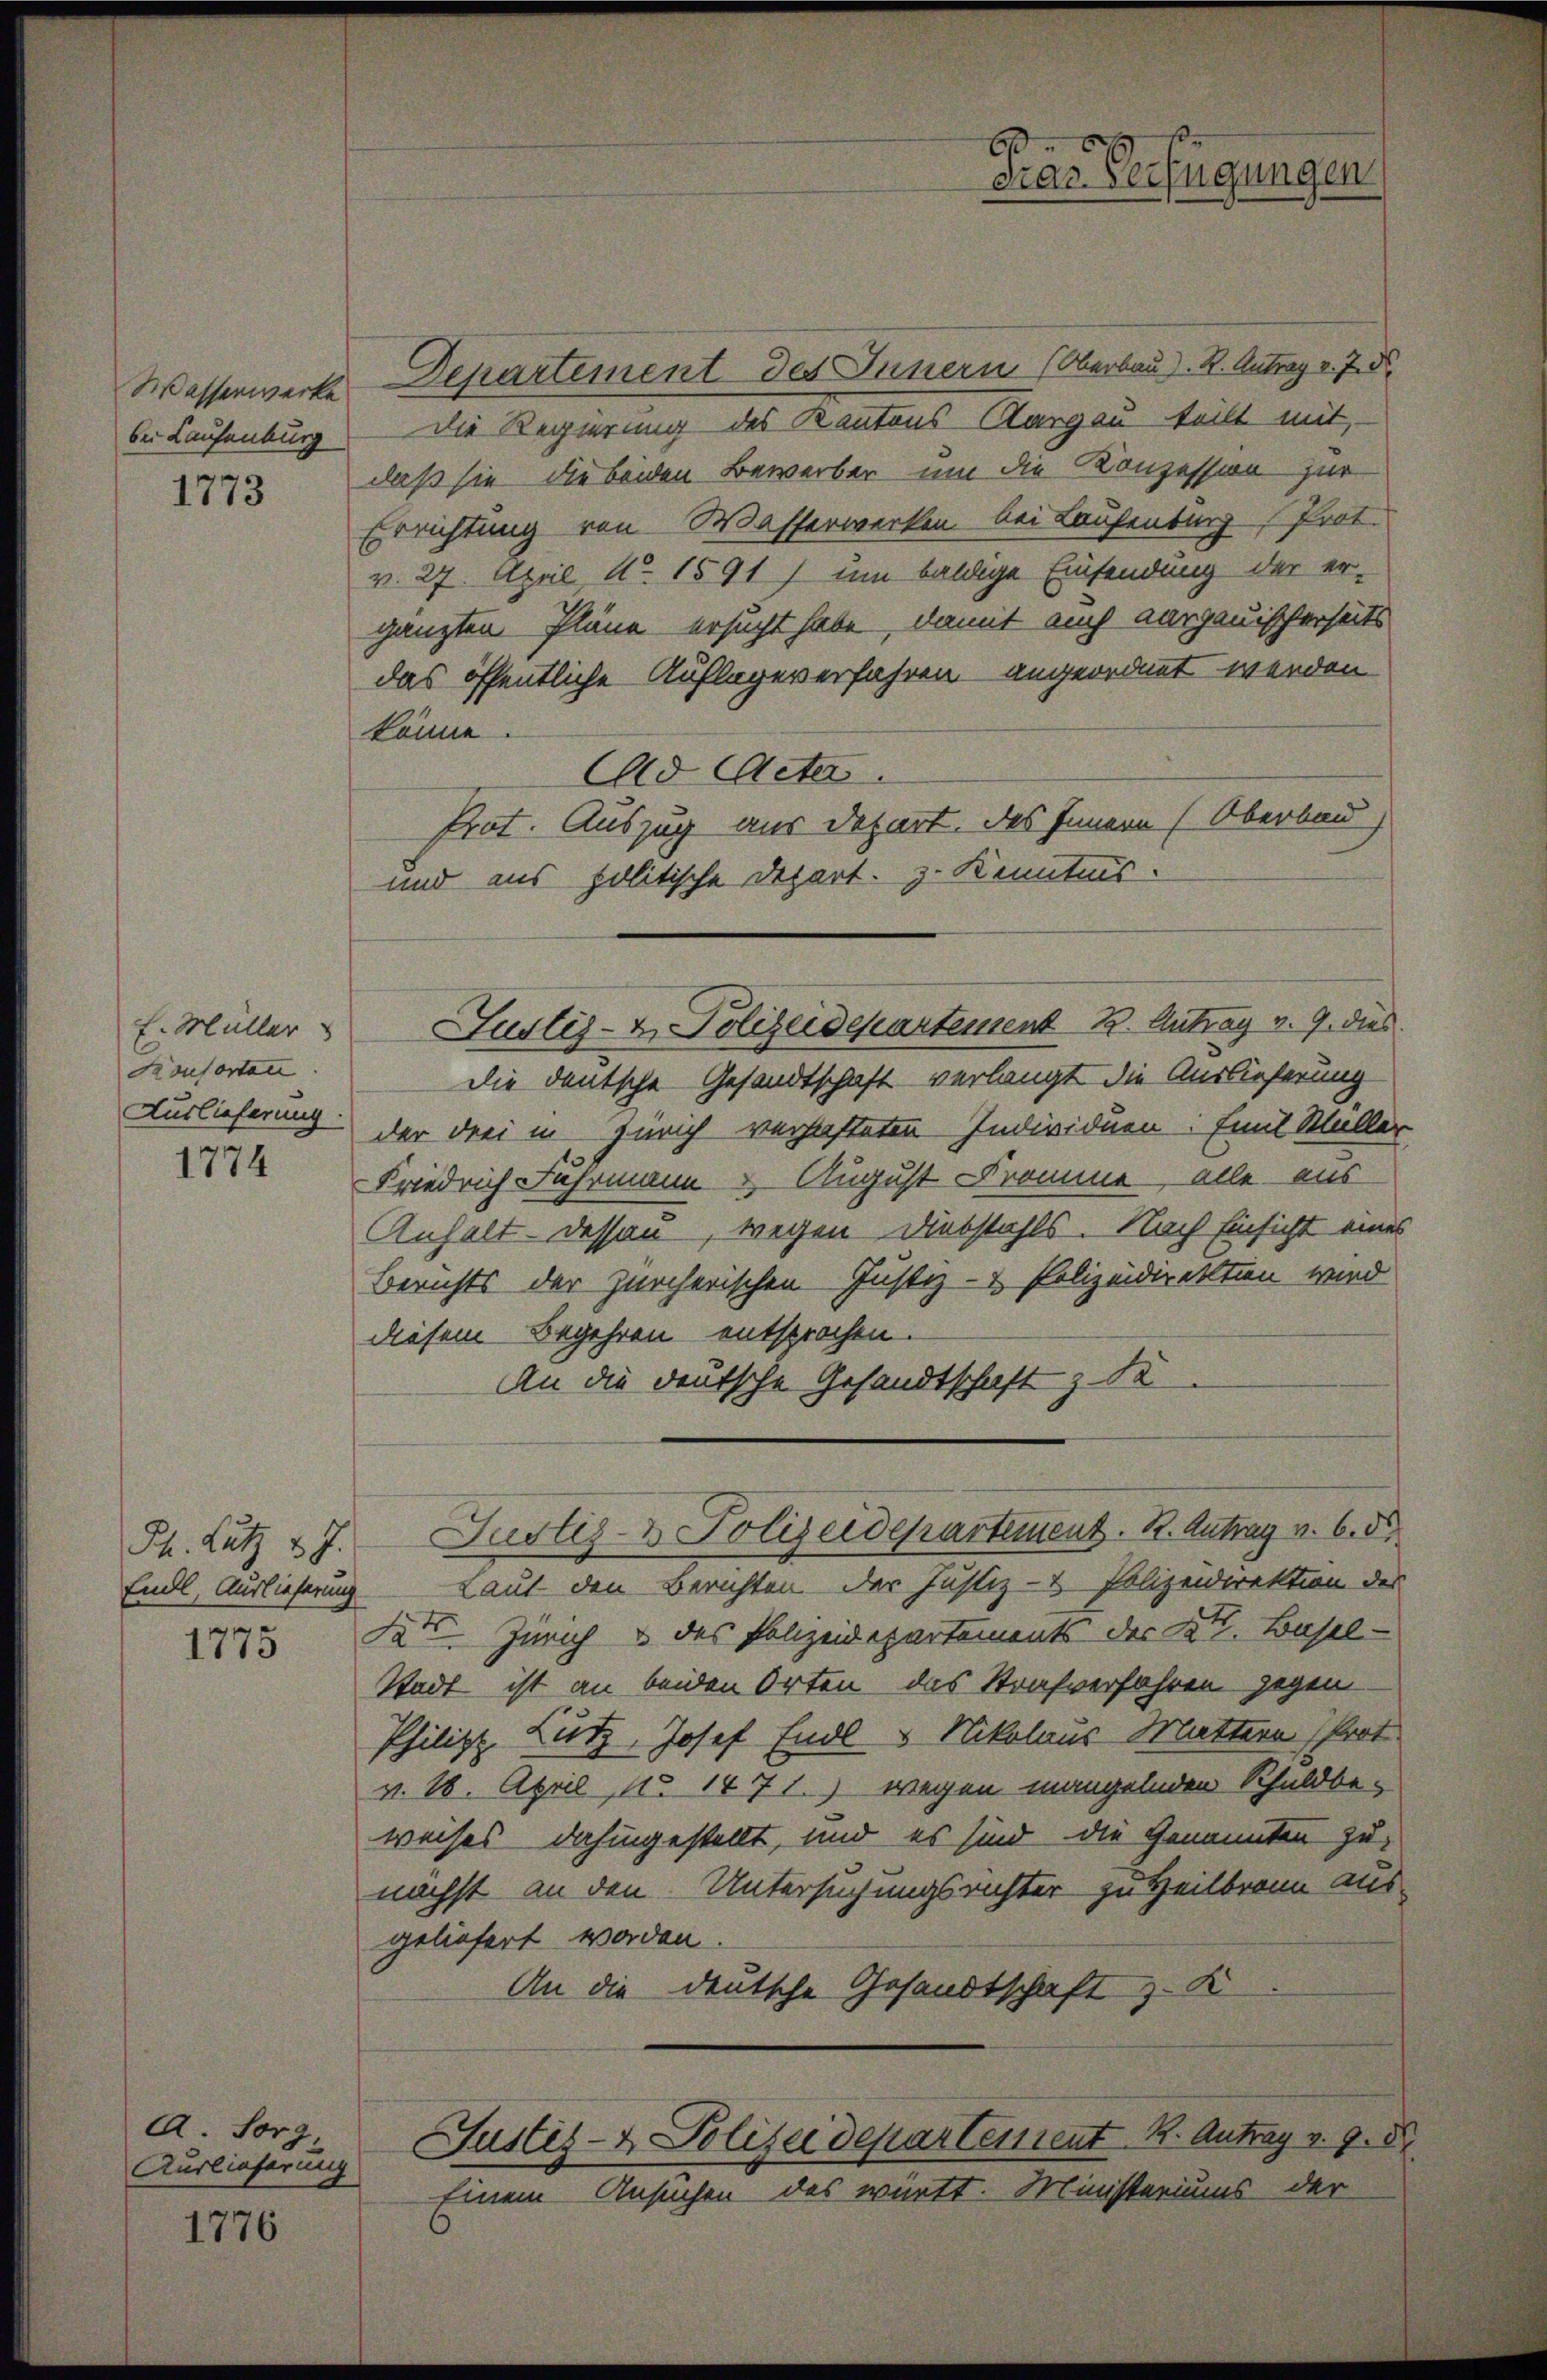
bei Laufenburg
1773

Konsortan.
1774

1775

A Sorg
Auslieferung

1776

Wasserwerke Departement des Innern (Oberbau). K. Antrag v. 7. d.
Die Regierung des Kantons Aargau teilt mit,
daß sie die beiden Bewerber um die Konzession zur
Errichtung von Wasserwerken bei Laufenburg (Prot.
v. 27. April, Ao. 1591) um baldige Einsendung der er-
gänzten Pläne ersucht habe, damit auch aargauischerseits
das öffentliche Auflages erfahren angeordnet werden
könne
Ad Acta.
Prot. Auszug aus Depart. Das Innern (Oberbau
und aus politische Depart. z. Kenntnis.
die deutsche Gesandtschaft verlangt die Auslieferung
Auslieferung der drei in Zürich verhafteten Individuen: Emil Müller,
Friedrich Jahrmann & August Fromme, alle aus
Anhalt. Dessau, wegen Diebstahls. Nach Einsicht eines
Berichts der zürcherischen Justiz- & Polizeidirektion wird
diesem Begehren entsprochen.
An die deutsche Gesandtschaft z. de
Th. Lutz & J. Justiz- & Polizeidepartement. B. Antrag v. 6. 55
Endl, Auslieferung Laut den Berichten der Justiz- & Polizeidirektion des
t. Zürich & des Polizeidepartements des Kt. Basel-
Stadt ist an beiden Orten das Strafverfahren gegen
Philipp Lutz, Josef Endl u Nikolaus Muttern Prot
v. 18. April No 1471.) wegen mangelnden Schuldbeweises dahingestellt, und es sind die Genannten zu
nächst an den Untersuchungsrichter zu Heilbronn ausgeliefert worden.
An die deutsche Gesandtschaft z. K
Justiz- & Polizeidepartement K. Antrag v. 9. 8
Einem Ansuchen des württ. Ministeriums der

E. Müller Justiz- & Polizeidepartement 12. Antrag v. 9. dies

b
eiar Verfügungen